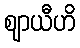
ဈာယီဟိ